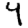
Digit: 4